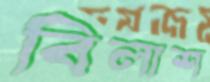
বিলাশ